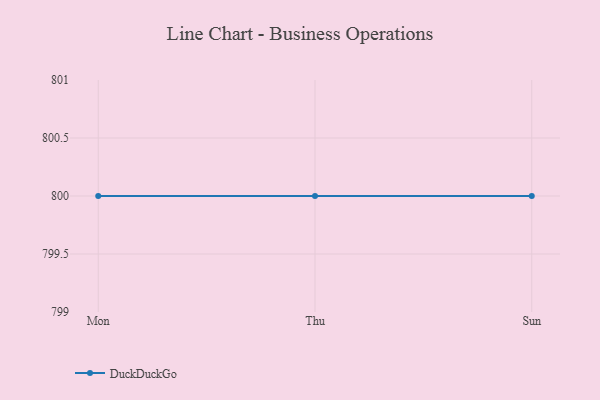
{"axis": {"x": "Day", "y": "Net Income (USD K)"}, "legend": ["DuckDuckGo"], "data": [{"x": "Mon", "y": 800, "type": "DuckDuckGo"}, {"x": "Thu", "y": 800, "type": "DuckDuckGo"}, {"x": "Sun", "y": 800, "type": "DuckDuckGo"}]}